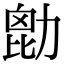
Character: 㔡